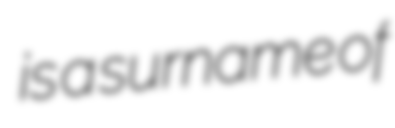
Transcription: is a surname of